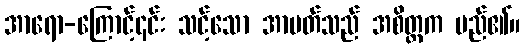
အာရော-ကြောင့်၎င်း သင့်သော အာပတ်သည် အစိတ္တက မည်၏။